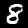
Label: 8